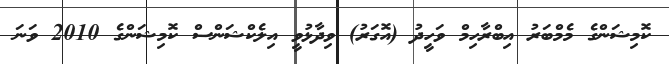
ކޮމިޝަންގެ މެމްބަރު އިބްރާހިމް ވަހީދު (އޮގަރު) ވިދާޅުވީ އިލެކްޝަންސް ކޮމިޝަންގެ 2010 ވަނަ